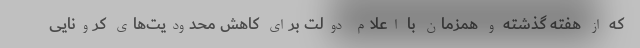
که از هفته گذشته و همزمان با اعلام دولت برای کاهش محدودیت‌های کرونایی